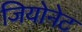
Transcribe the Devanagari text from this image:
जियोनेट